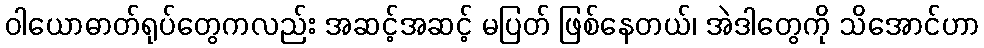
ဝါယောဓာတ်ရုပ်တွေကလည်း အဆင့်အဆင့် မပြတ် ဖြစ်နေတယ်၊ အဲဒါတွေကို သိအောင်ဟာ